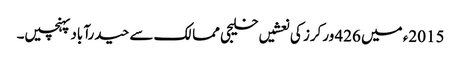
2015ء میں 426 ورکرز کی نعشیں خلیجی ممالک سے حیدرآباد پہنچیں۔